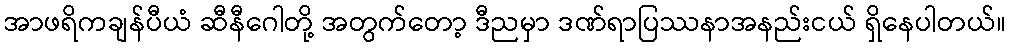
အာဖရိကချန်ပီယံ ဆီနီဂေါတို့ အတွက်တော့ ဒီညမှာ ဒဏ်ရာပြဿနာအနည်းငယ် ရှိနေပါတယ်။